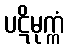
ပဋိမုက္ကံ